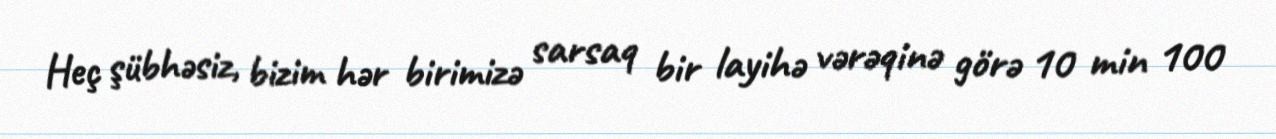
Heç şübhəsiz, bizim hər birimizə sarsaq bir layihə vərəqinə görə 10 min 100